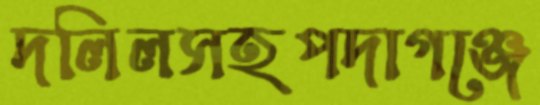
দলিলসহপদাগঞ্জে